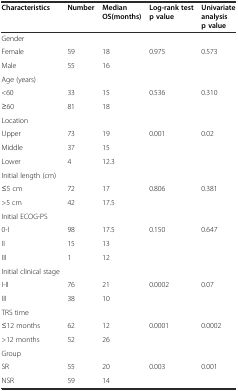
<table><thead><tr><td><b>Characteristics</b></td><td><b>Number</b></td><td><b>Median OS(months)</b></td><td><b>Log-rank test p value</b></td><td><b>Univariate analysis p value</b></td></tr></thead><tbody><tr><td>Gender</td><td></td><td></td><td></td><td></td></tr><tr><td>Female</td><td>59</td><td>18</td><td rowspan="2">0.975</td><td rowspan="2">0.573</td></tr><tr><td>Male</td><td>55</td><td>16</td></tr><tr><td>Age (years)</td><td></td><td></td><td></td><td></td></tr><tr><td>&lt;60</td><td>33</td><td>15</td><td rowspan="2">0.536</td><td rowspan="2">0.310</td></tr><tr><td>≥60</td><td>81</td><td>18</td></tr><tr><td>Location</td><td></td><td></td><td></td><td></td></tr><tr><td>Upper</td><td>73</td><td>19</td><td rowspan="3">0.001</td><td rowspan="3">0.02</td></tr><tr><td>Middle</td><td>37</td><td>15</td></tr><tr><td>Lower</td><td>4</td><td>12.3</td></tr><tr><td>Initial length (cm)</td><td></td><td></td><td></td><td></td></tr><tr><td>≤5 cm</td><td>72</td><td>17</td><td rowspan="2">0.806</td><td rowspan="2">0.381</td></tr><tr><td>&gt;5 cm</td><td>42</td><td>17.5</td></tr><tr><td>Initial ECOG-PS</td><td></td><td></td><td></td><td></td></tr><tr><td>0-I</td><td>98</td><td>17.5</td><td rowspan="3">0.150</td><td rowspan="3">0.647</td></tr><tr><td>II</td><td>15</td><td>13</td></tr><tr><td>III</td><td>1</td><td>12</td></tr><tr><td>Initial clinical stage</td><td></td><td></td><td></td><td></td></tr><tr><td>I-II</td><td>76</td><td>21</td><td rowspan="2">0.0002</td><td rowspan="2">0.07</td></tr><tr><td>III</td><td>38</td><td>10</td></tr><tr><td>TRS time</td><td></td><td></td><td></td><td></td></tr><tr><td>≤12 months</td><td>62</td><td>12</td><td rowspan="2">0.0001</td><td rowspan="2">0.0002</td></tr><tr><td>&gt;12 months</td><td>52</td><td>26</td></tr><tr><td>Group</td><td></td><td></td><td></td><td></td></tr><tr><td>SR</td><td>55</td><td>20</td><td rowspan="2">0.003</td><td rowspan="2">0.001</td></tr><tr><td>NSR</td><td>59</td><td>14</td></tr></tbody></table>